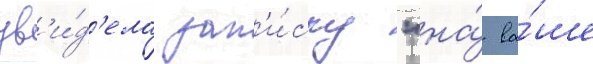
ув'и́д'ела зап'и́ску "на́ ва́ше